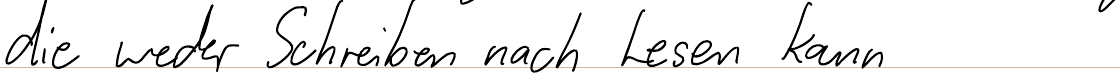
die weder Schreiben noch Lesen kann